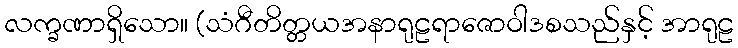
လက္ခဏာရှိသော။ (သံဂီတိတ္တယအနာရုဠရာဇောဝါဒစသည်နှင့် အာရုဠ